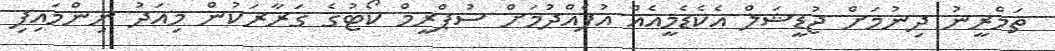
ތަމްރީނު ދިނުމަށް ޖުޑީޝަލް އެކެޑެމީއެއް އުފެއްދުމަށް ސުޕްރީމް ކޯޓުގެ ގަރާރަކުން މިއަދު ނިންމައިފި